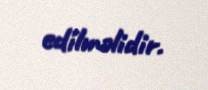
edilməlidir.